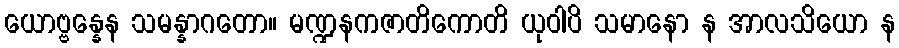
ယောဗ္ဗန္နေန သမန္နာဂတော။ မဏ္ဍနကဇာတိကောတိ ယုဝါပိ သမာနော န အာလသိယော န